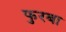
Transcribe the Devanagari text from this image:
फुरबा